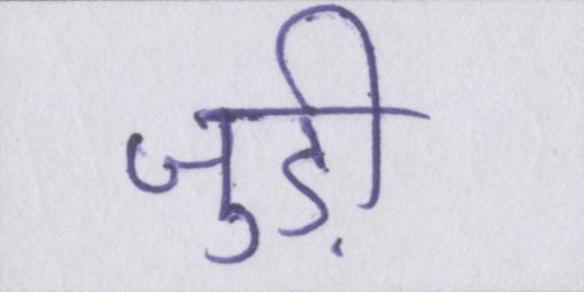
जुड़ी